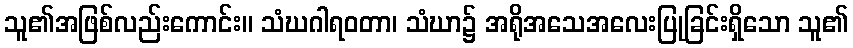
သူ၏အဖြစ်လည်းကောင်း။ သံဃဂါရဝတာ၊ သံဃာ၌ အရိုအသေအလေးပြုခြင်းရှိသော သူ၏